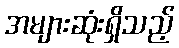
အများဆုံးရှိသည့်